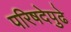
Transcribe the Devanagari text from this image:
परिषदेपुढे